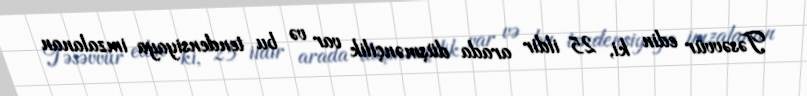
Təsəvvür edin ki, 25 ildir arada düşmənçilik var və bu tendensiyaya imzalanan